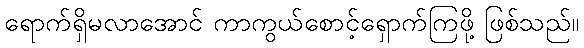
ရောက်ရှိမလာအောင် ကာကွယ်စောင့်ရှောက်ကြဖို့ ဖြစ်သည်။